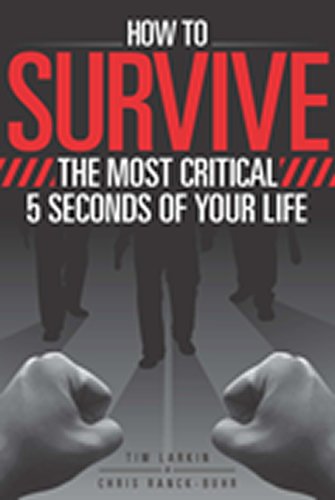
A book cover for How to Survive the Most Critical 5 Seconds of Your Life; Tim Larkin; Self-Help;